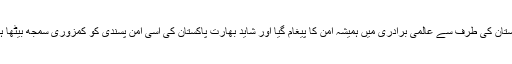
پاکستان کی طرف سے عالمی برادری میں ہمیشہ امن کا پیغام گیا اور شاید بھارت پاکستان کی اسی امن پسندی کو کمزوری سمجھ بیٹھا ہے۔